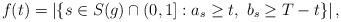
LaTeX: \begin{align*}f(t)=\left| \{s\in S(g)\cap (0,1]: a_s\geq t,~b_s\geq T-t\}\right |,\end{align*}